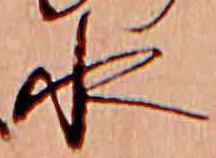
水